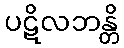
ပဋိလဘန္တိ